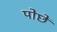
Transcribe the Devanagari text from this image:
पोछें